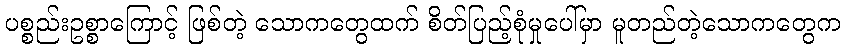
ပစ္စည်းဥစ္စာကြောင့် ဖြစ်တဲ့ သောကတွေထက် စိတ်ပြည့်စုံမှုပေါ်မှာ မူတည်တဲ့သောကတွေက